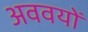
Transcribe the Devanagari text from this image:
अववयों